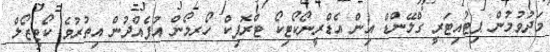
މަދުވުމުން ޕިޓުއިޓަރީ ގްލޭންޑް އިން އެޑްރީނޯކޯޓިކޯ ޓްރޮޕިކް ހޯރމޯން އުފެއްދުން އިތުރުވެ ކޯޓިޒޯލް